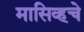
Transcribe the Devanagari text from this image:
मासिव्हचे